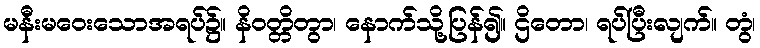
မနီးမဝေးသောအရပ်၌။ နိဝတ္တိတွာ၊ နောက်သို့ပြန်၍။ ဌိတော၊ ရပ်ပြီးလျက်။ တွံ၊